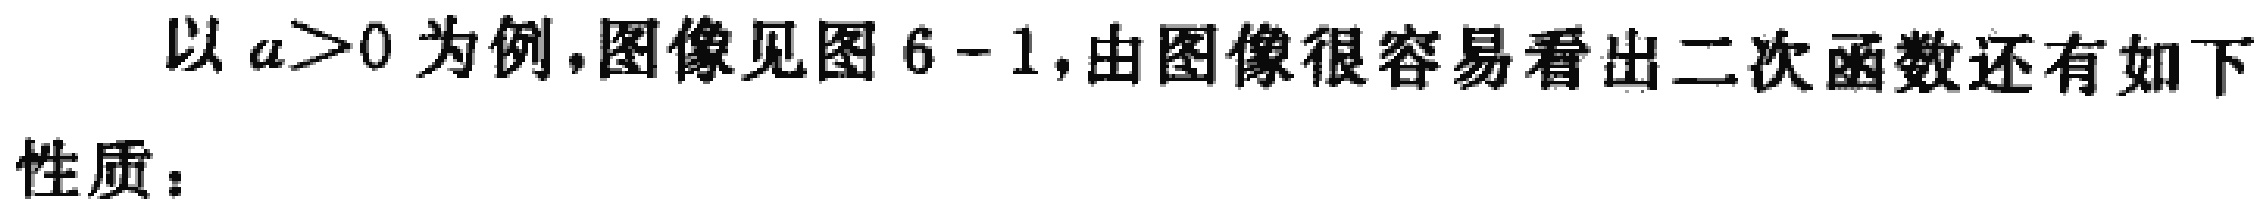
以 \(a>0\) 为例,图像见图 6 - 1,由图像很容易看出二次函数还有如下

性质：